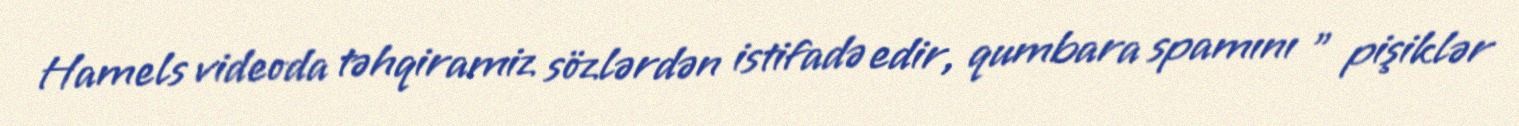
Hamels videoda təhqiramiz sözlərdən istifadə edir, qumbara spamını " pişiklər